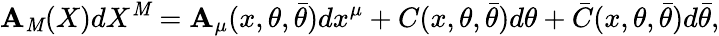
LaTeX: {\cal\mathbf{A}}_{\mathit{M}}(X)dX^{\mathit{M}}={\cal\mathbf{A}}_{\mu}(x,\theta,\bar{{\theta}})dx^{\mu}+C(x,\theta,\bar{{\theta}})d\theta+\bar{{C}}(x,\theta,\bar{{\theta}})d\bar{{\theta}},